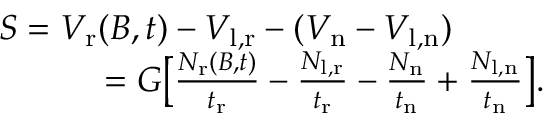
\begin{array} { r l } { S = V _ { \mathrm { r } } ( B , t ) - V _ { \mathrm { l , r } } - ( V _ { \mathrm { n } } - V _ { \mathrm { l , n } } ) ~ ~ ~ ~ ~ ~ ~ ~ } & { } \\ { = G \bigl [ \frac { N _ { \mathrm { r } } ( B , t ) } { t _ { \mathrm { r } } } - \frac { N _ { \mathrm { l , r } } } { t _ { \mathrm { r } } } - \frac { N _ { \mathrm { n } } } { t _ { \mathrm { n } } } + \frac { N _ { \mathrm { l , n } } } { t _ { \mathrm { n } } } \bigr ] . } \end{array}